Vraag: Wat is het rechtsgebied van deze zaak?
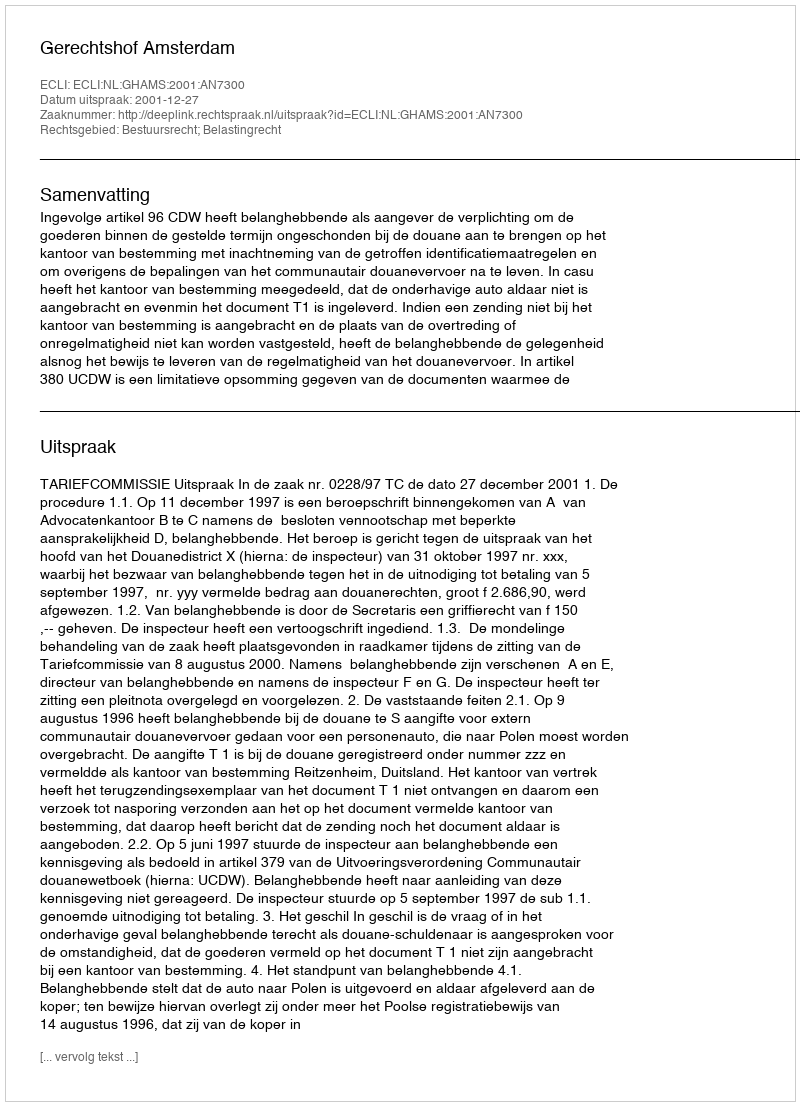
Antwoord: Bestuursrecht; Belastingrecht